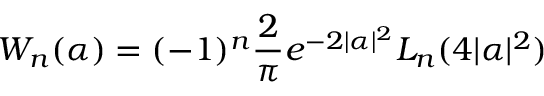
W _ { n } ( \alpha ) = ( - 1 ) ^ { n } \frac { 2 } { \pi } e ^ { - 2 | \alpha | ^ { 2 } } L _ { n } ( 4 | \alpha | ^ { 2 } )